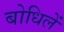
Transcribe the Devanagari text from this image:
बोधिलें